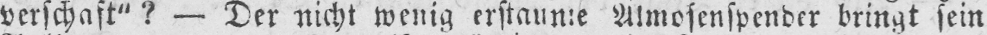
verschaft“? - Der nicht wenig erstaunte Almosenspender bringt sein